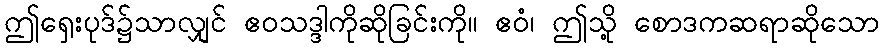
ဤရှေးပုဒ်၌သာလျှင် ဧဝသဒ္ဒါကိုဆိုခြင်းကို။ ဧဝံ၊ ဤသို့ စောဒကဆရာဆိုသော